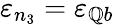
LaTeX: \varepsilon_{n_{3}}=\varepsilon_{\mathbb{Q}b}